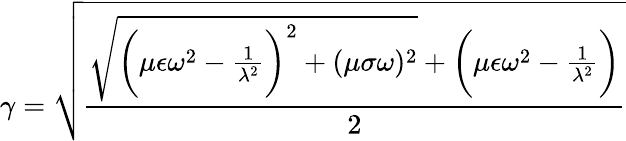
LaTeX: \gamma=\sqrt{\frac{\sqrt{\bigg(\mu\epsilon\omega^{2}-\frac{1}{\lambda^{2}}\bigg)^{2}+(\mu\sigma\omega)^{2}}+\bigg(\mu\epsilon\omega^{2}-\frac{1}{\lambda^{2}}\bigg)}{2}}